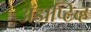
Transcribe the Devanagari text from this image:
अॅडाप्टिव्ह